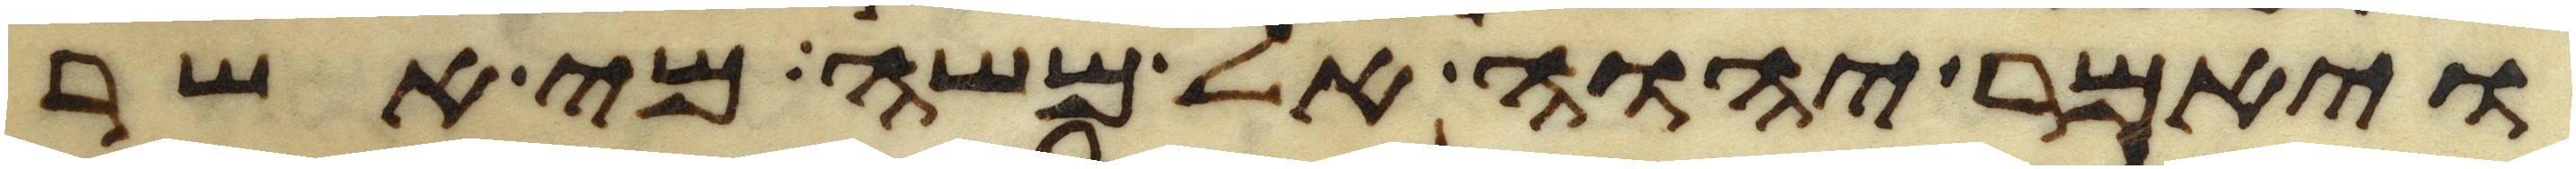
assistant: ויאמר יהוה אל משה מי אשר